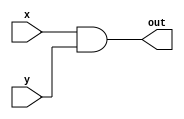
// AND gate

module and_b(out, x, y);
    input x, y;
    output out;
    assign out = x & y;
endmodule